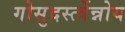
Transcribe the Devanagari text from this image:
गोसुदर्स्त्वेन्नोय